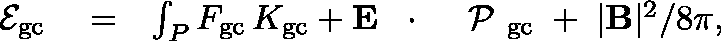
\begin{array} { r l r } { { \cal E } _ { \mathrm { g c } } } & { { } = } & { \int _ { P } F _ { \mathrm { g c } } \, K _ { \mathrm { g c } } + { \bf E } \, \mathrm { ~ \boldmath ~ \cdot ~ } \, \mathrm { ~ \boldmath ~ \cal ~ P ~ } _ { \mathrm { g c } } \; + \; | { \bf B } | ^ { 2 } / 8 \pi , } \end{array}